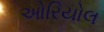
ઓરિયોલ